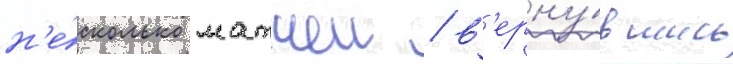
н'е́сколько матчеи / в'ерну́вшись